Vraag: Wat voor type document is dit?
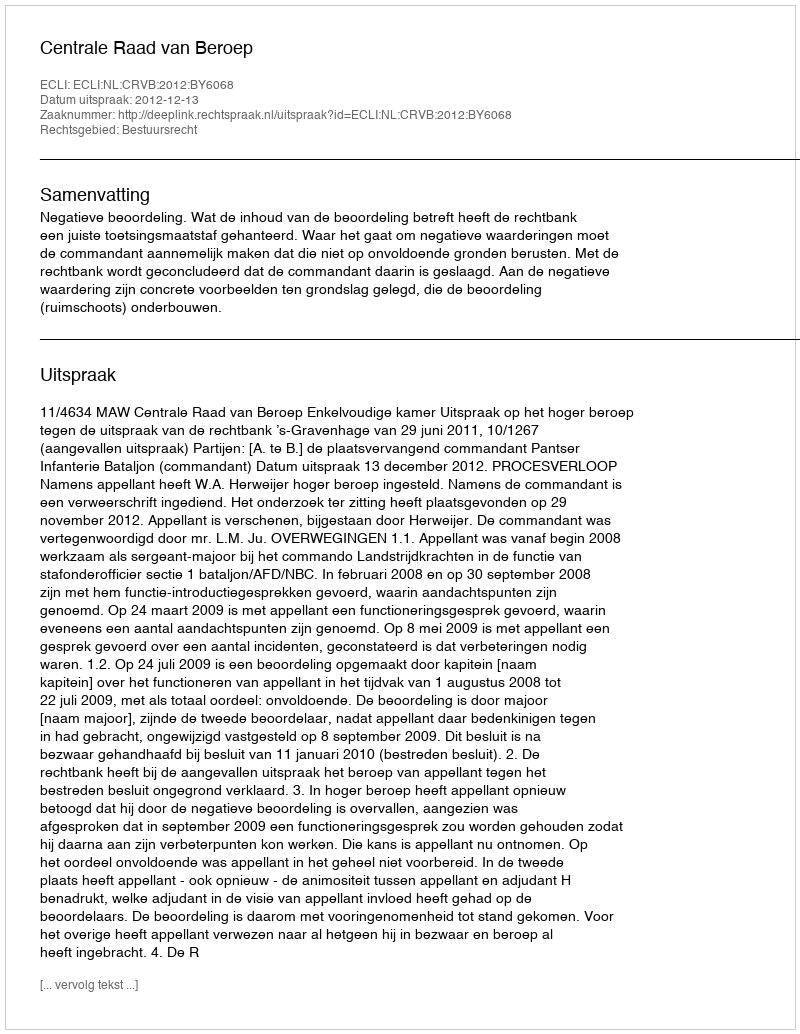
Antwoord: Uitspraak